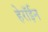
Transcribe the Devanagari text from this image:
हेरॉईन